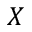
X